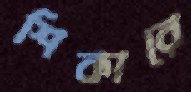
শিকারে